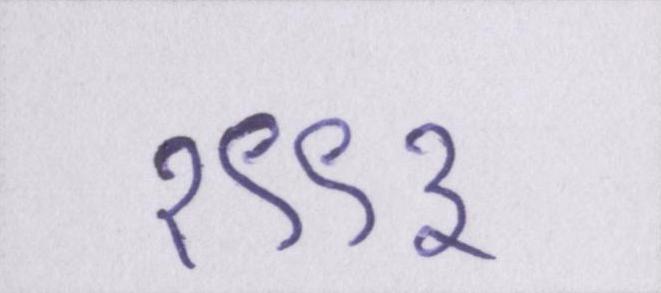
१९९३